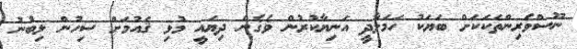
ނޫސްވެރިންތަކަކަށް ބަޔަކު ހަމަލާދީ އަނިޔާކުރުން ވެގެން ދިޔައީ މުޅި ޤައުމަށް ސިހުން ލިބުނު